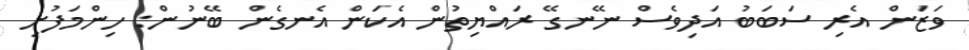
ވަޒަން އެރި ސަބަބު އަދިވެސް ނޭނގޭ ރައްޔިތުން އެކަން އެނގެން ބޭނުން: ހިންމަފުށި